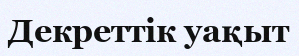
Декреттік уақыт